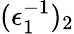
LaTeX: (\epsilon_{1}^{-1})_{2}